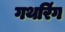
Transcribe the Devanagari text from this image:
गथरिंग